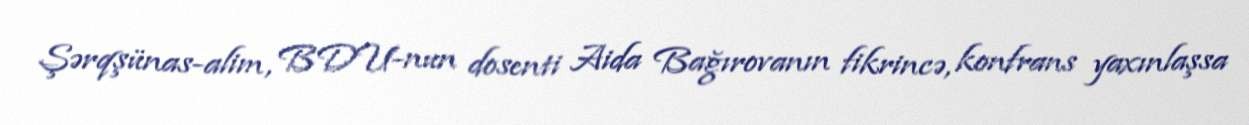
Şərqşünas-alim, BDU-nun dosenti Aida Bağırovanın fikrincə, konfrans yaxınlaşsa